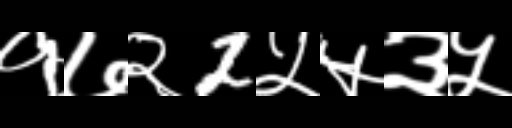
Text: १७२2५५३५